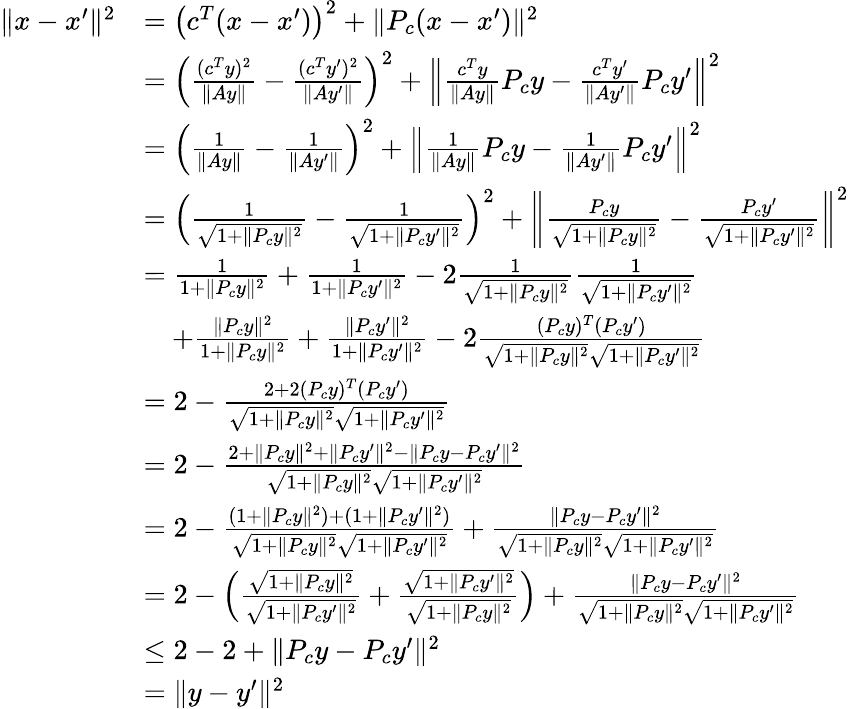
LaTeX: \begin{array}{rl}{\| x-x^{\prime}\| ^{2}}&{=\left(c^{T}(x-x^{\prime})\right)^{2}+\| P_{c}(x-x^{\prime})\| ^{2}}\\ &{=\left(\frac{(c^{T}y)^{2}}{\| Ay\| }-\frac{(c^{T}y^{\prime})^{2}}{\| Ay^{\prime}\| }\right)^{2}+\left\| \frac{c^{T}y}{\| Ay\| }P_{c}y-\frac{c^{T}y^{\prime}}{\| Ay^{\prime}\| }P_{c}y^{\prime}\right\| ^{2}}\\ &{=\left(\frac{1}{\| Ay\| }-\frac{1}{\| Ay^{\prime}\| }\right)^{2}+\left\| \frac{1}{\| Ay\| }P_{c}y-\frac{1}{\| Ay^{\prime}\| }P_{c}y^{\prime}\right\| ^{2}}\\ &{=\left(\frac{1}{\sqrt{1+\| P_{c}y\| ^{2}}}-\frac{1}{\sqrt{1+\| P_{c}y^{\prime}\| ^{2}}}\right)^{2}+\left\| \frac{P_{c}y}{\sqrt{1+\| P_{c}y\| ^{2}}}-\frac{P_{c}y^{\prime}}{\sqrt{1+\| P_{c}y^{\prime}\| ^{2}}}\right\| ^{2}}\\ &{=\frac{1}{1+\| P_{c}y\| ^{2}}+\frac{1}{1+\| P_{c}y^{\prime}\| ^{2}}-2\frac{1}{\sqrt{1+\| P_{c}y\| ^{2}}}\frac{1}{\sqrt{1+\| P_{c}y^{\prime}\| ^{2}}}}\\ &{\quad+\frac{\| P_{c}y\| ^{2}}{1+\| P_{c}y\| ^{2}}+\frac{\| P_{c}y^{\prime}\| ^{2}}{1+\| P_{c}y^{\prime}\| ^{2}}-2\frac{(P_{c}y)^{T}(P_{c}y^{\prime})}{\sqrt{1+\| P_{c}y\| ^{2}}\sqrt{1+\| P_{c}y^{\prime}\| ^{2}}}}\\ &{=2-\frac{2+2(P_{c}y)^{T}(P_{c}y^{\prime})}{\sqrt{1+\| P_{c}y\| ^{2}}\sqrt{1+\| P_{c}y^{\prime}\| ^{2}}}}\\ &{=2-\frac{2+\| P_{c}y\| ^{2}+\| P_{c}y^{\prime}\| ^{2}-\| P_{c}y-P_{c}y^{\prime}\| ^{2}}{\sqrt{1+\| P_{c}y\| ^{2}}\sqrt{1+\| P_{c}y^{\prime}\| ^{2}}}}\\ &{=2-\frac{(1+\| P_{c}y\| ^{2})+(1+\| P_{c}y^{\prime}\| ^{2})}{\sqrt{1+\| P_{c}y\| ^{2}}\sqrt{1+\| P_{c}y^{\prime}\| ^{2}}}+\frac{\| P_{c}y-P_{c}y^{\prime}\| ^{2}}{\sqrt{1+\| P_{c}y\| ^{2}}\sqrt{1+\| P_{c}y^{\prime}\| ^{2}}}}\\ &{=2-\left(\frac{\sqrt{1+\| P_{c}y\| ^{2}}}{\sqrt{1+\| P_{c}y^{\prime}\| ^{2}}}+\frac{\sqrt{1+\| P_{c}y^{\prime}\| ^{2}}}{\sqrt{1+\| P_{c}y\| ^{2}}}\right)+\frac{\| P_{c}y-P_{c}y^{\prime}\| ^{2}}{\sqrt{1+\| P_{c}y\| ^{2}}\sqrt{1+\| P_{c}y^{\prime}\| ^{2}}}}\\ &{\leq 2-2+\| P_{c}y-P_{c}y^{\prime}\| ^{2}}\\ &{=\| y-y^{\prime}\| ^{2}}\end{array}